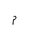
Letter: _mim